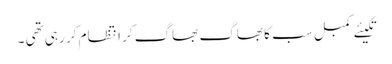
تکیئے کمبل سب کا بھاگ بھاگ کر انتظام کر رہی تھی ۔